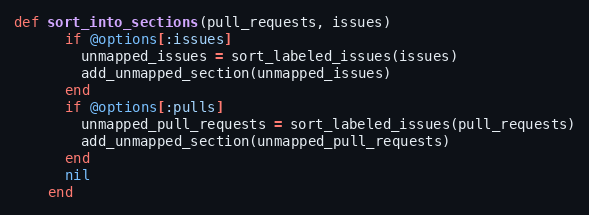
Language: Ruby
def sort_into_sections(pull_requests, issues)
      if @options[:issues]
        unmapped_issues = sort_labeled_issues(issues)
        add_unmapped_section(unmapped_issues)
      end
      if @options[:pulls]
        unmapped_pull_requests = sort_labeled_issues(pull_requests)
        add_unmapped_section(unmapped_pull_requests)
      end
      nil
    end